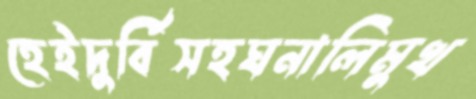
হেইদুর্বিসহঘনালিমুখ